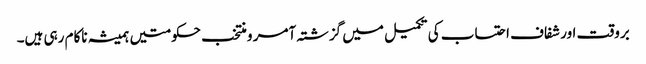
بروقت اور شفاف احتساب کی تکمیل میں گزشتہ آمر و منتخب حکومتیں ہمیشہ ناکام رہی ہیں۔